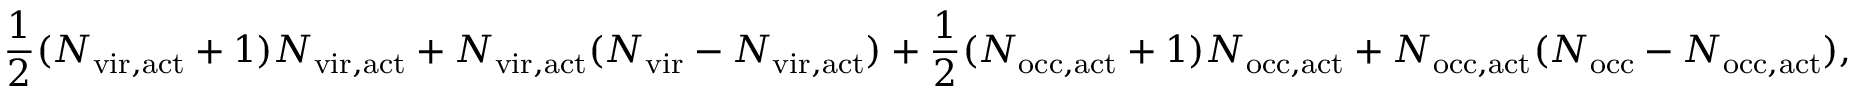
\frac { 1 } { 2 } ( N _ { \mathrm { v i r , a c t } } + 1 ) N _ { \mathrm { v i r , a c t } } + N _ { \mathrm { v i r , a c t } } ( N _ { \mathrm { v i r } } - N _ { \mathrm { v i r , a c t } } ) + \frac { 1 } { 2 } ( N _ { \mathrm { o c c , a c t } } + 1 ) N _ { \mathrm { o c c , a c t } } + N _ { \mathrm { o c c , a c t } } ( N _ { \mathrm { o c c } } - N _ { \mathrm { o c c , a c t } } ) ,